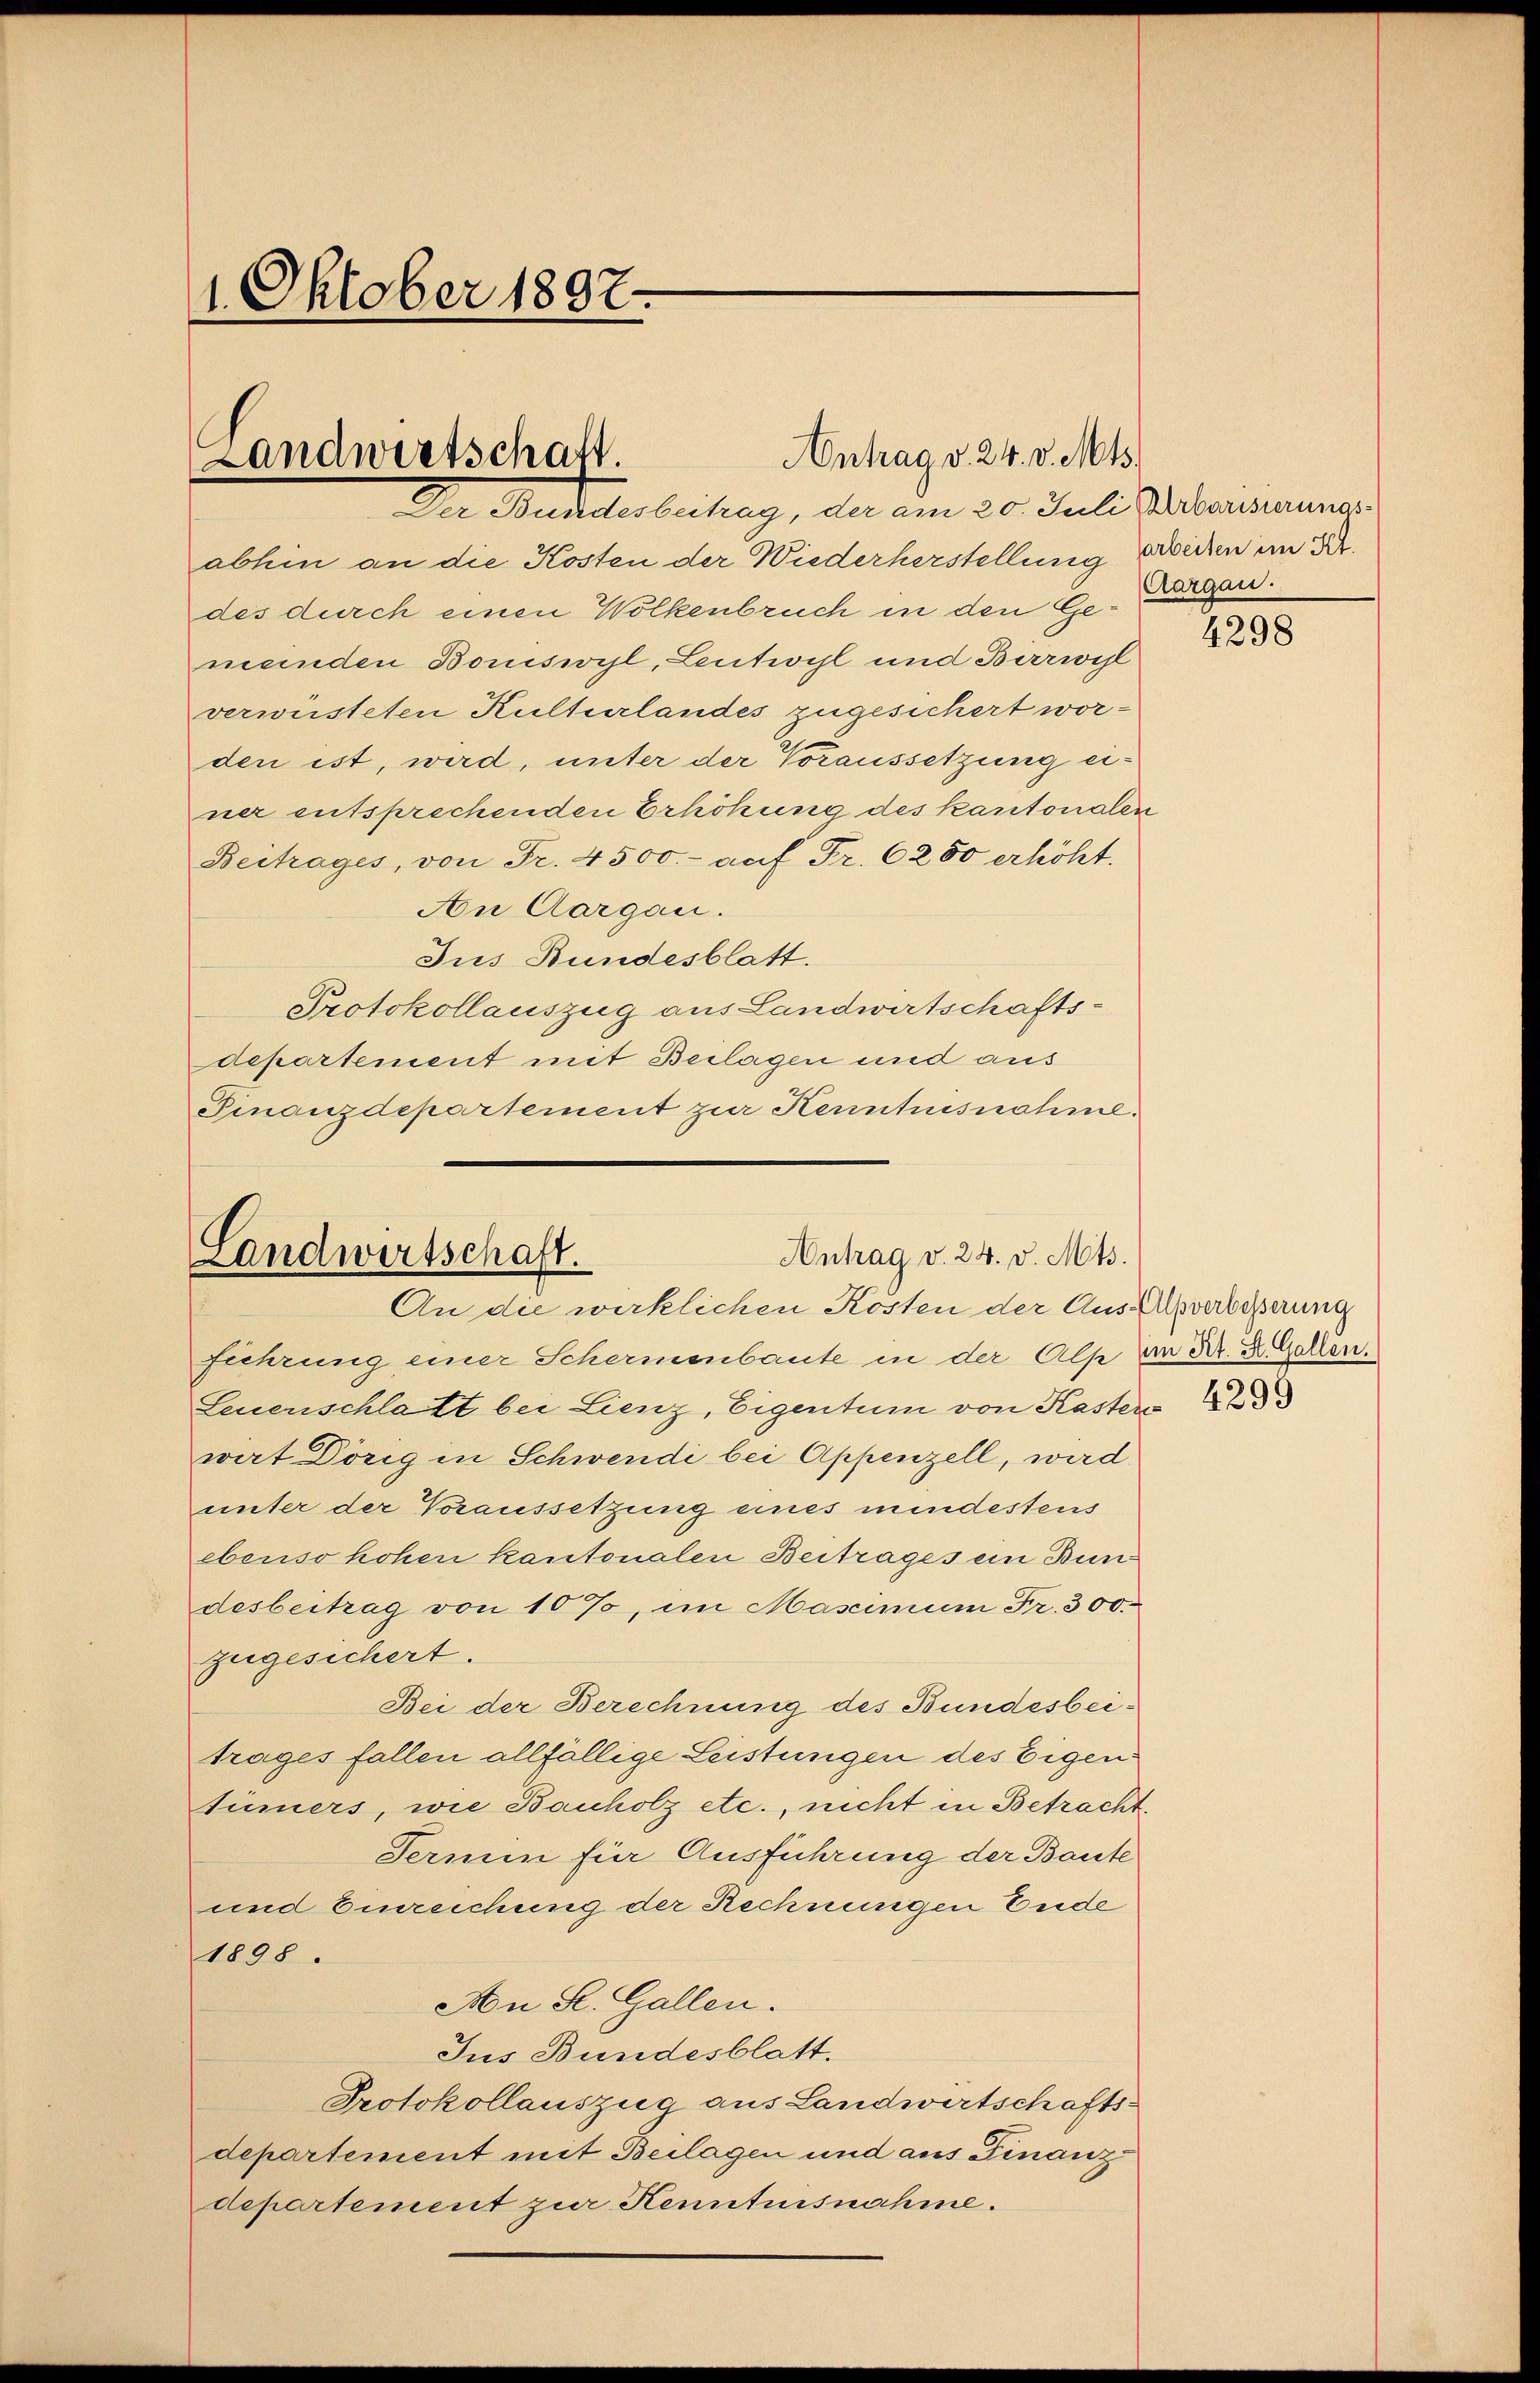
1. Oktober 1897.

Antrag v. 24. v. Mts.
Landwirtschaft.
Der Bundesbeitrag, der am 20. Juli Parisierungs¬

abhin an die Kosten der Wiederherstellung errechen im Dr.
des durch einen Wolkenbruch in den Gemeinden Boniswyl, Leutwyl und Birwil
verweisteten Kulturlandes zugesichert worden ist, wird, unter der Voraussetzung ei-
ner entsprechenden Erhöhung des kantonalen
Beitrages, von Fr. 4500.- auf Fr. 6280 erhöht.
An Aargau.
Jus Bundesblatt.
Protokollauszug aus Landwirtschaftsdepartement mit Beilagen und aus
Finanzdepartement zur Kenntnisnahme.

Landwirtschaft.
Antrag v. 24. v. Mts.
An die wirklichen Kosten der Aus-lpverbeßerung

führung einer Schermenbaute in der Alp an Hr. Dr. Gallen.
Leuenschlatt bei Lienz, Eigentum von Kaster 28
wart Dörig in Schwendi bei Appenzell, wird
unter der Voraussetzung eines mindestens
ebenso hohen kantonalen Beitrages ein Bundesbeitrag von 10 %, im Masimum Fr. 300.
zugesichert.
Bei der Berechnung des Bundesbeitrages fallen allfällige Leistungen des Eigen
tümers, wie Bauholz etc., nicht in Betracht
Termin für Ausführung der Baute
und Einreichung der Rechnungen Ende
1898.
An St. Gallen.
Jus Bundesblatt.
Protokollauszug aus Landwirtschaftsdepartement mit Beilagen und aus Finanz-
departement zur Kenntnisnahme.

Aargau.

4298